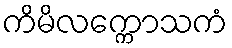
ကိမိလက္ကောသကံ